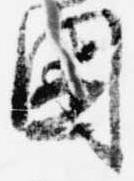
困